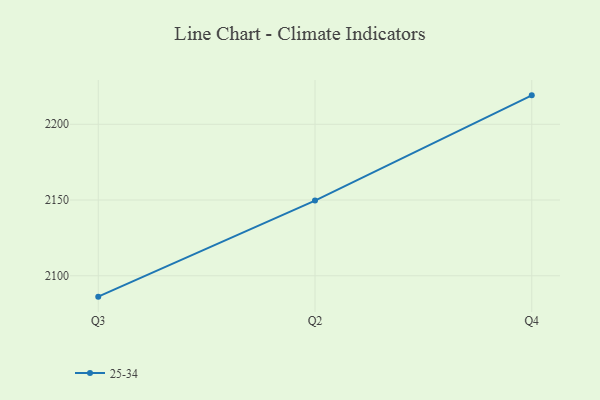
{"axis": {"x": "Quarter", "y": "Waste Production (Tons)"}, "legend": ["25-34"], "data": [{"x": "Q3", "y": 2086.2, "type": "25-34"}, {"x": "Q2", "y": 2149.6, "type": "25-34"}, {"x": "Q4", "y": 2219.1, "type": "25-34"}]}